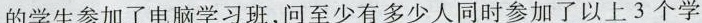
的学生参加了电脑学习班，问至少有多少人同时参加了以上3个学